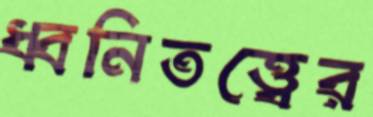
ধ্বনিতত্ত্বের